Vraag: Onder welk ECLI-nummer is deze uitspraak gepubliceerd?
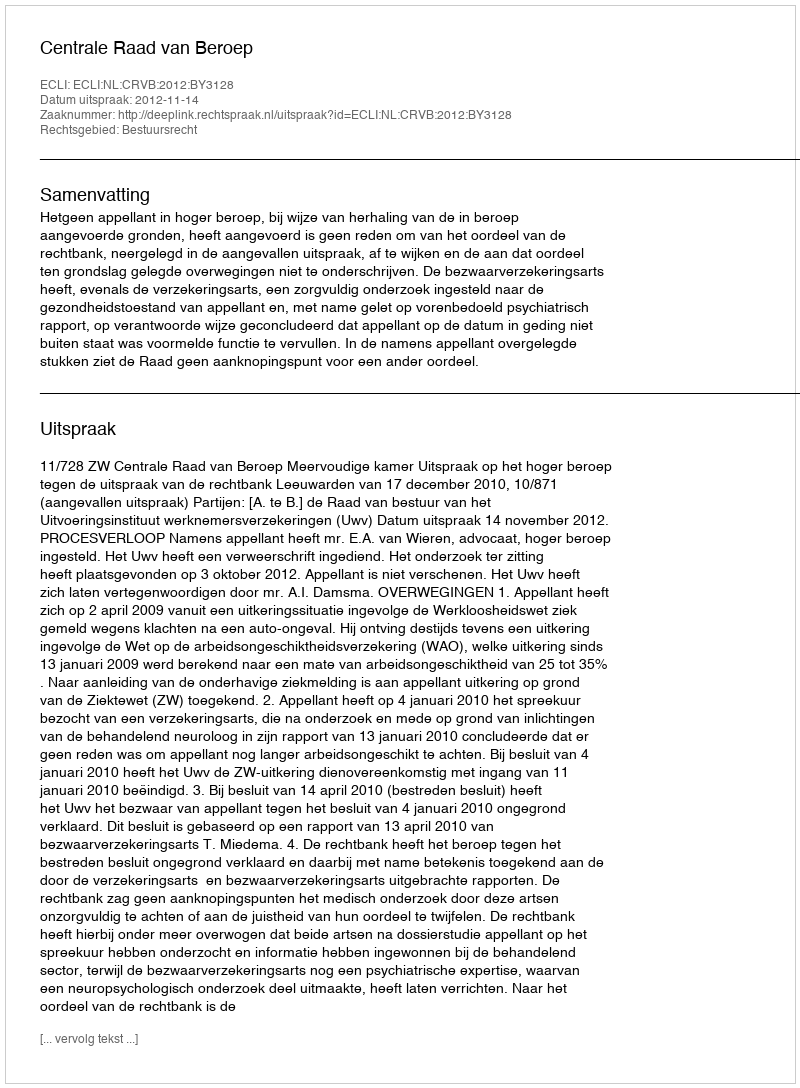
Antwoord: ECLI:NL:CRVB:2012:BY3128